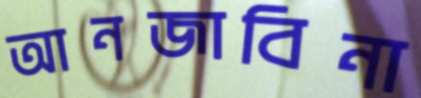
আনজাবিনা